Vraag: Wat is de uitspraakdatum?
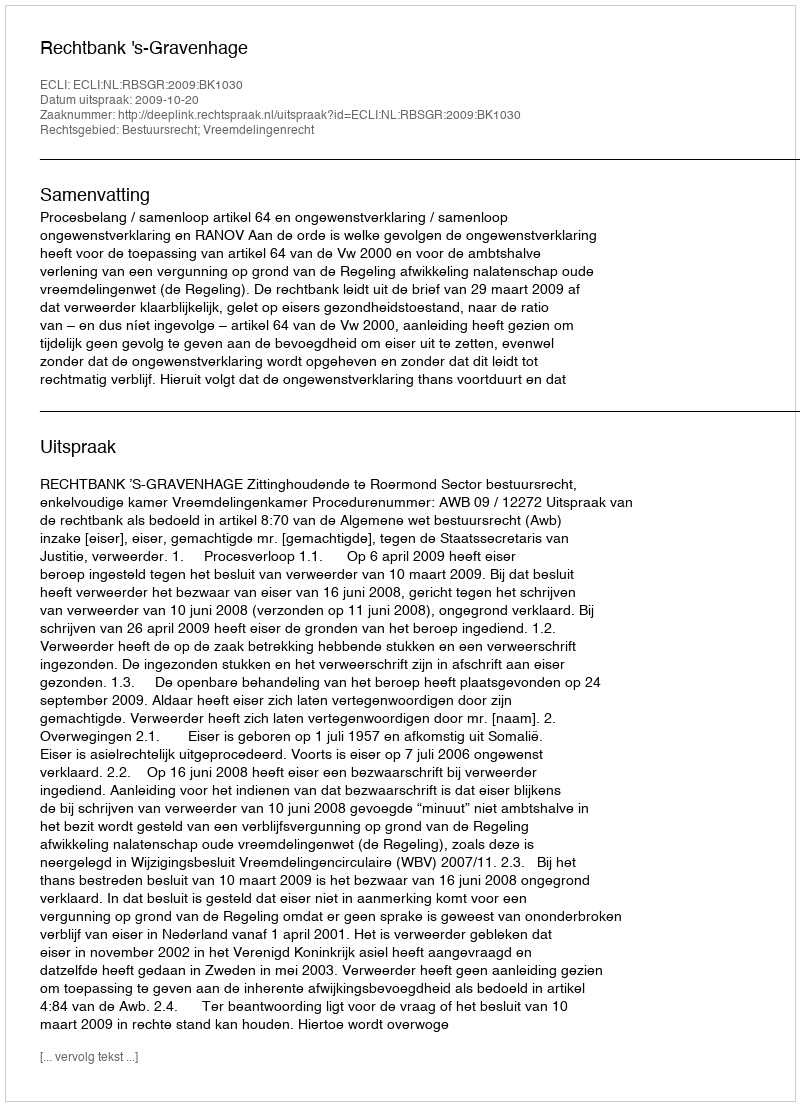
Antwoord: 2009-10-20